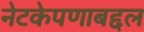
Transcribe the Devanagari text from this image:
नेटकेपणाबद्दल